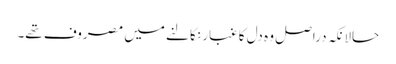
حالانکہ دراصل وہ دل کا غبار نکالنے میں مصروف تھے۔